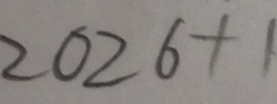
2 0 2 6 + 1